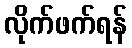
လိုက်ဖက်ရန်